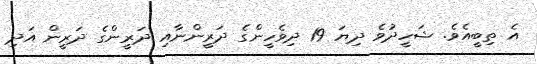
އެ ތިބީއެވެ. ޝަހީދުވެ ދިޔަ 19 ދިވެހީންގެ ދަރީންނާއި ދަރީންގެ ދަރީން އަދި